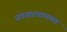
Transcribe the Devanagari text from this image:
जवाहरलालमल